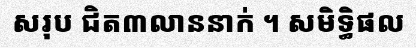
សរុប ជិត៣លាននាក់ ។ សមិទ្ធិផល